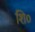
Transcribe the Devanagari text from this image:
शि०